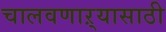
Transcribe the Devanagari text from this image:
चालवणाऱ्यासाठी